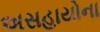
અસહાયોના